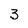
Character: 3